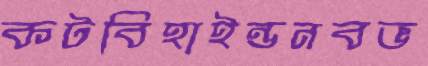
কটবিহাইন্ডনবভ